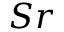
S r